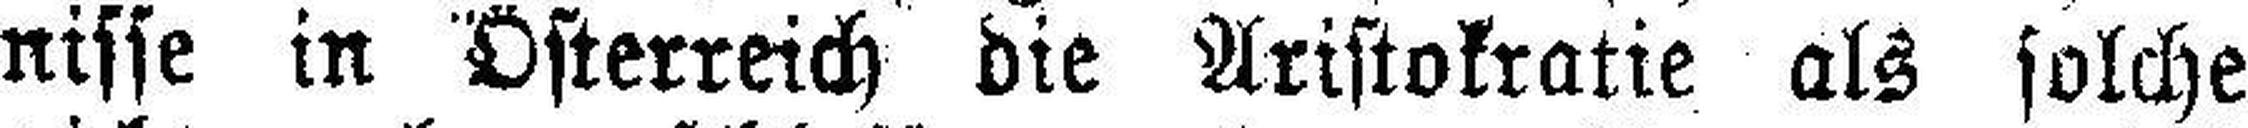
nisse in Österreich die Aristokratie als solche